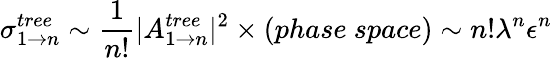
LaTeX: \sigma_{1\to n}^{tree}\sim\frac{1}{n!}|A_{1\to n}^{tree}|^{2}\times(phase~space)\sim n!\lambda^{n}\epsilon^{n}